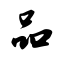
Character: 品